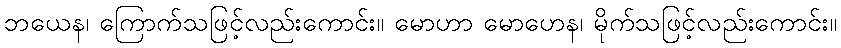
ဘယေန၊ ကြောက်သဖြင့်လည်းကောင်း။ မောဟာ မောဟေန၊ မိုက်သဖြင့်လည်းကောင်း။